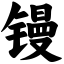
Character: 镘